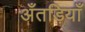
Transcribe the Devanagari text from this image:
अँतड़ियाँ